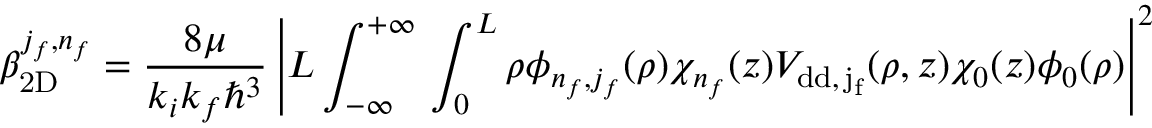
\beta _ { \mathrm { 2 D } } ^ { j _ { f } , n _ { f } } = \frac { 8 \mu } { k _ { i } k _ { f } \hbar ^ { 3 } } \left\vert L \int _ { - \infty } ^ { + \infty } \d z \int _ { 0 } ^ { L } \d \rho \phi _ { n _ { f } , j _ { f } } ( \rho ) \chi _ { n _ { f } } ( z ) V _ { \mathrm { { d d } , \, j _ { f } } } ( \rho , z ) \chi _ { 0 } ( z ) \phi _ { 0 } ( \rho ) \right\vert ^ { 2 }